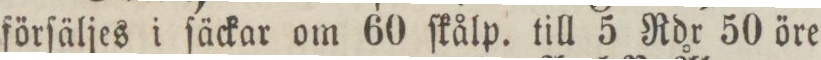
förſäljes i ſäckar om 60 ſkålp. till 5 Rdr 50 öre